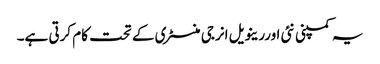
یہ کمپنی نئی اوررینویل انرجی منسٹری کے تحت کام کرتی ہے۔